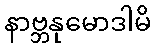
နာဗ္ဘနုမောဒါမိ